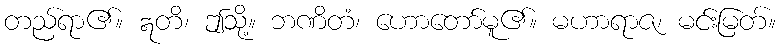
တည်ရာ၏။ ဣတိ၊ ဤသို့။ ဘဏိတံ၊ ဟောတော်မူ၏။ မဟာရာဇ၊ မင်းမြတ်။